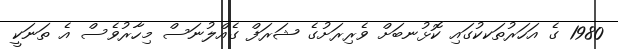
1980 ގެ އަހަރުތަކކުގައި ކޮޅުނބަށް ވެރިރަށުގެ ޝަރަފް ގެއްލުނަސް މިހާރުވެސް އެ ތަނަކީ